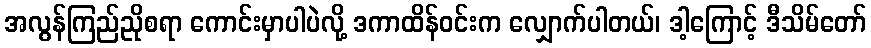
အလွန်ကြည်ညိုစရာ ကောင်းမှာပါပဲလို့ ဒကာထိန်ဝင်းက လျှောက်ပါတယ်၊ ဒါ့ကြောင့် ဒီသိမ်တော်